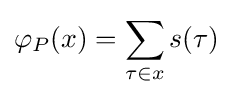
\varphi _{P}(x)=\sum _{\tau \in x}s(\tau )~